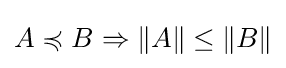
A\preccurlyeq B\Rightarrow \|A\|\leq \|B\|